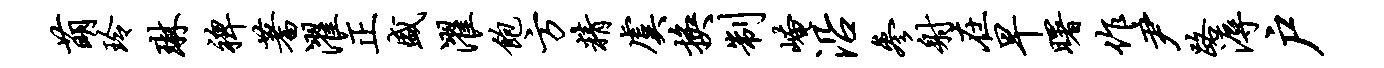
萌玲琳裨蓍濯正盛濯饱方精虞换制崦沿参射在早曙作尹路溽户